Indian journal of veterinary science and animal husbandry - Volume 6,
Year: 1936
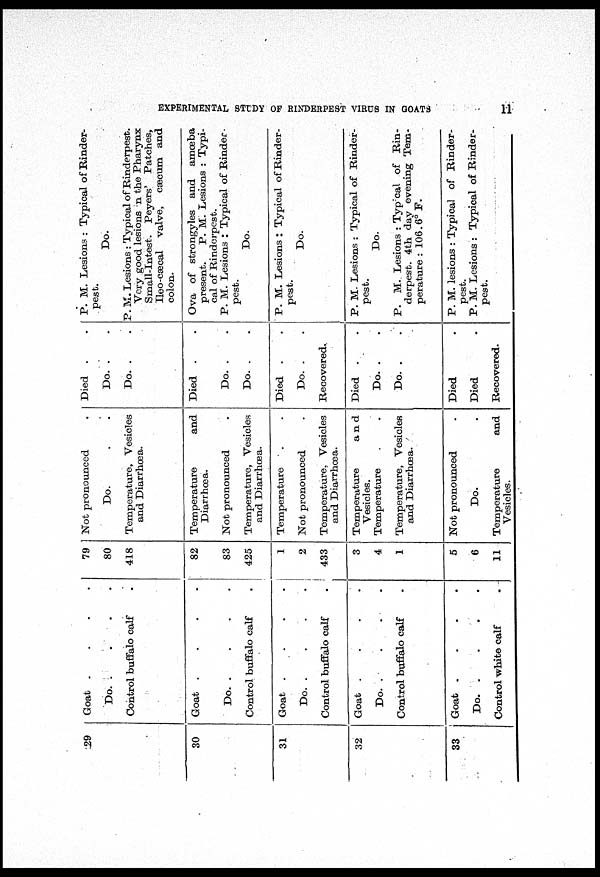
EXPERIMENTAL STUDY OF RINDERPEST VIRUS IN GOATS
11
29
30
31
32
33
Goat
.
.
.
.
Do.
.
.
.
.
Control buffalo calf .
Goat
.
.
.
.
Do.
.
.
.
.
Control buffalo calf .
Goat
.
.
.
.
Do. . . . .
Control buffalo calf .
Goat
.
.
.
.
Do.
.
.
.
.
Control buffalo calf .
Goat
.
.
.
.
Do.
.
.
.
.
Control white calf .
79
80
418
82
83
425
1
2
433
3
4
1
5
6
11
Not pronounced .
Do. . .
Temperature, Vesicles
and Diarrhœa.
Temperature
and
Diarrhœa.
Not pronounced .
Temperature, Vesicles
and Diarrhœa.
Temperature .
Not pronounced .
Temperature, Vesicles
and Diarrhœa.
Temperature
and
Vesicles.
Temperature
Temperature, Vesicles
and Diarrhœa.
Not pronounced .
Do. .
Temperature
and
Vesicles.
Died . .
Do. . .
Do. . .
Died . .
Do. . .
Do. . .
Died . .
Do. . .
Recovered.
Died . .
Do. . .
Do. . .
Died .
Died .
Recovered.
P. M. Lesions : Typical of Rinder-
pest.
Do.
P. M. Lesions : Typical of Rinderpest.
Very good lesions in the Pharynx
Small-Intest. Peyers' Patches,
Ileo-cæcal valve, cæcum and
colon.
Ova of strongyles and amœba
present. P. M. Lesions : Typi-
cal of Rinderpest.
P. M. Lesions : Typical of Rinder-
pest.
Do.
P. M. Lesions : Typical of Rinder-
pest.
Do.
P. M. Lesions : Typical of Rinder-
pest.
Do.
P. M. Lesions : Typical of Rin-
derpest. 4th day evening Tem-
perature : 106.6° F.
P. M. lesions : Typical of Rinder-
pest.
P. M. Lesions : Typical of Rinder-
pest.